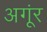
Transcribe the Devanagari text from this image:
अगूंर